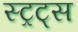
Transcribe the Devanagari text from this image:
स्ट्रट्स